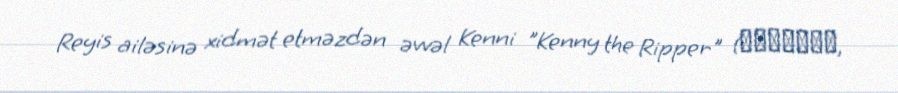
Reyis ailəsinə xidmət etməzdən əvvəl Kenni "Kenny the Ripper" (切り裂きケニー,